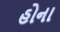
હોના